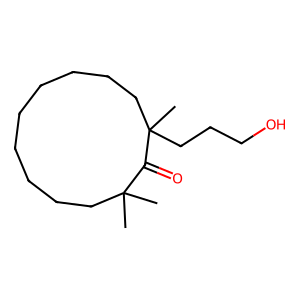
SMILES: CC1(C)CCCCCCCCCC(C)(CCCO)C1=O
Inhibits HIV replication: No